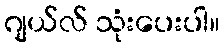
ဂျယ်လ် သုံးပေးပါ။